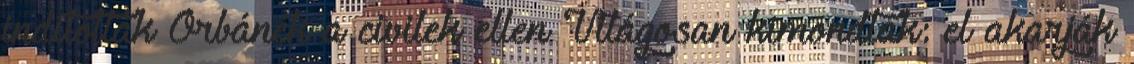
indítottak Orbánék a civilek ellen Világosan kimondták: el akarják